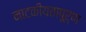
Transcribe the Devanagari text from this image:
नाटकीयतापूर्ण